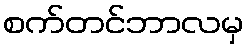
စက်တင်ဘာလမှ